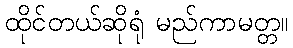
ထိုင်တယ်ဆိုရုံ မည်ကာမတ္တ။